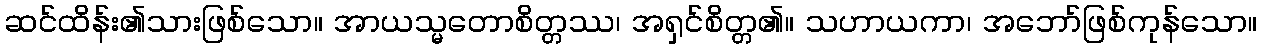
ဆင်ထိန်း၏သားဖြစ်သော။ အာယသ္မတောစိတ္တဿ၊ အရှင်စိတ္တ၏။ သဟာယကာ၊ အဘော်ဖြစ်ကုန်သော။